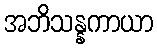
အဘိသန္နကာယာ